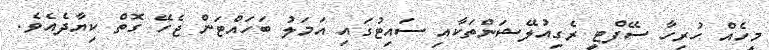
މީހެއް ހުރިހާ ސޭފްޓީ ރެގިއުލޭޝަންތަކާއި ސައިޓުގައި އަމަލު ބަހައްޓަން ޖެހޭ ގޮތް ކިޔާދެއެވެ.